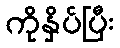
ကိုနှိပ်ပြီး